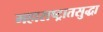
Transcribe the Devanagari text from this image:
महाराष्ट्रातसुद्धा